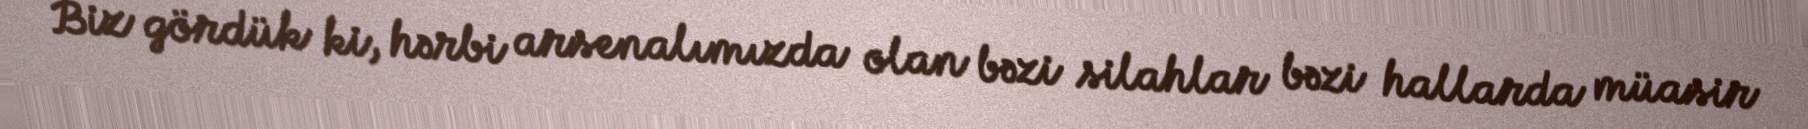
Biz gördük ki, hərbi arsenalımızda olan bəzi silahlar bəzi hallarda müasir